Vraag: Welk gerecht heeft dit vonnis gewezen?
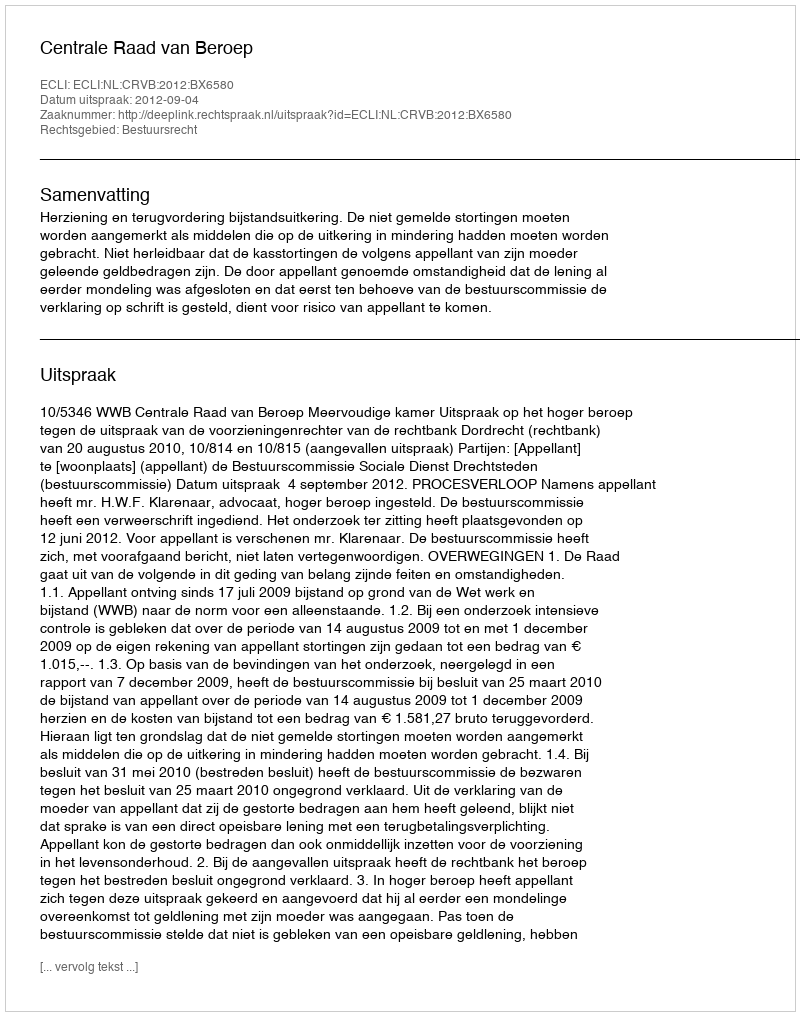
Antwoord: Centrale Raad van Beroep